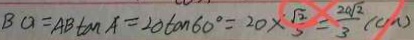
B O = A B \tan A = 2 0 \tan 6 0 ^ { \circ } = 2 0 \times \frac { \sqrt { 2 } } { 3 } = \frac { 2 0 \sqrt { 2 } } { 3 } ( c m )